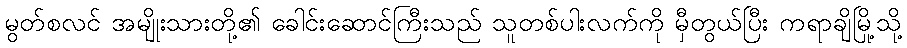
မွတ်စလင် အမျိုးသားတို့၏ ခေါင်းဆောင်ကြီးသည် သူတစ်ပါးလက်ကို မှီတွယ်ပြီး ကရာချိမြို့သို့